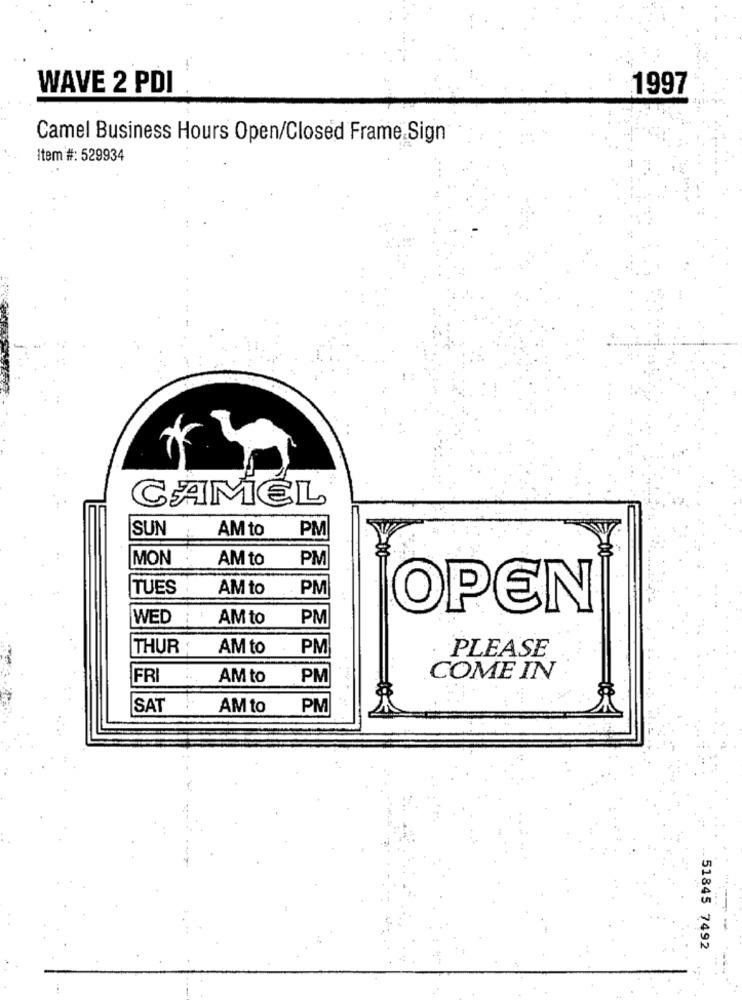
WAVE 2 PDI
1997
Camel Business Hours Open/Closed Frame Sign
Item #: 529934
CAMEL
SUN
AM to
PM
MON
AM to
PM
TUES
AM to
.. . PM
OPEN
WED ;
AM to
PM
THUR
AM to
PM
.
PLEASE
FRI
AM to
PM
COME IN
SAT
AM to
PM
51845 7492